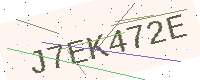
Text: J7EK472E